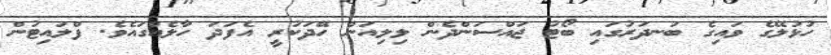
ހުޅުލޭގެ ވައިގެ ބަނދަރުގައި ބޯޓު ޖައްސަންދެން ލިލިއަން ހޭދަކުރީ އެފަދަ ހާލެއްގައެވެ. ފްލައިޓުން